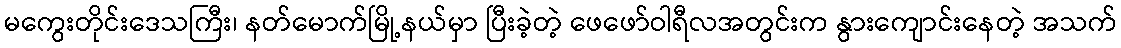
မကွေးတိုင်းဒေသကြီး၊ နတ်မောက်မြို့နယ်မှာ ပြီးခဲ့တဲ့ ဖေဖော်ဝါရီလအတွင်းက နွားကျောင်းနေတဲ့ အသက်